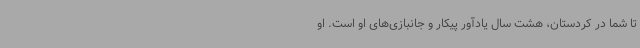
تا شما در کردستان، هشت سال یادآور پیکار و جانبازی‌های او است. او